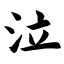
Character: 泣